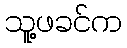
သူ့ဖခင်က